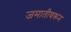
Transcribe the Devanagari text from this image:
जमातीवरून